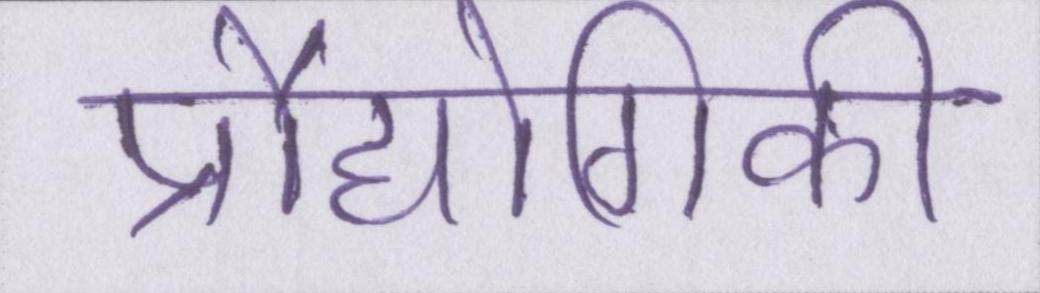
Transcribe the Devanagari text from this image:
प्रौद्योगिकी